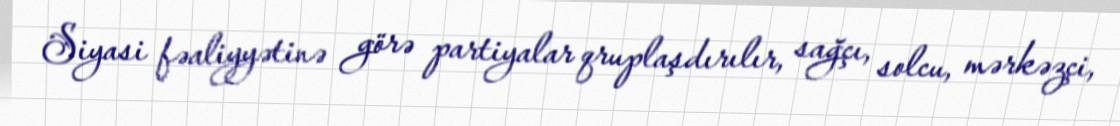
Siyasi fəaliyyətinə görə partiyalar qruplaşdırılır, sağçı, solcu, mərkəzçi,